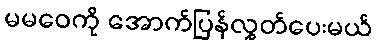
မမဝေကို အောက်ပြန်လွှတ်ပေးမယ်